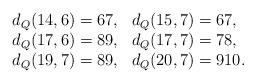
LaTeX: \begin{align*}\begin{array}{ll}d_Q(14,6)=6 7, &d_Q(15,7)=6 7,\\d_Q(17,6)=8 9, &d_Q(17,7)=7 8, \\d_Q(19,7)=8 9, &d_Q(20,7)=910.\end{array}\end{align*}